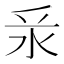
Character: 𣲛